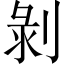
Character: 剝